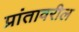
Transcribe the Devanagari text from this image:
प्रांतावरील